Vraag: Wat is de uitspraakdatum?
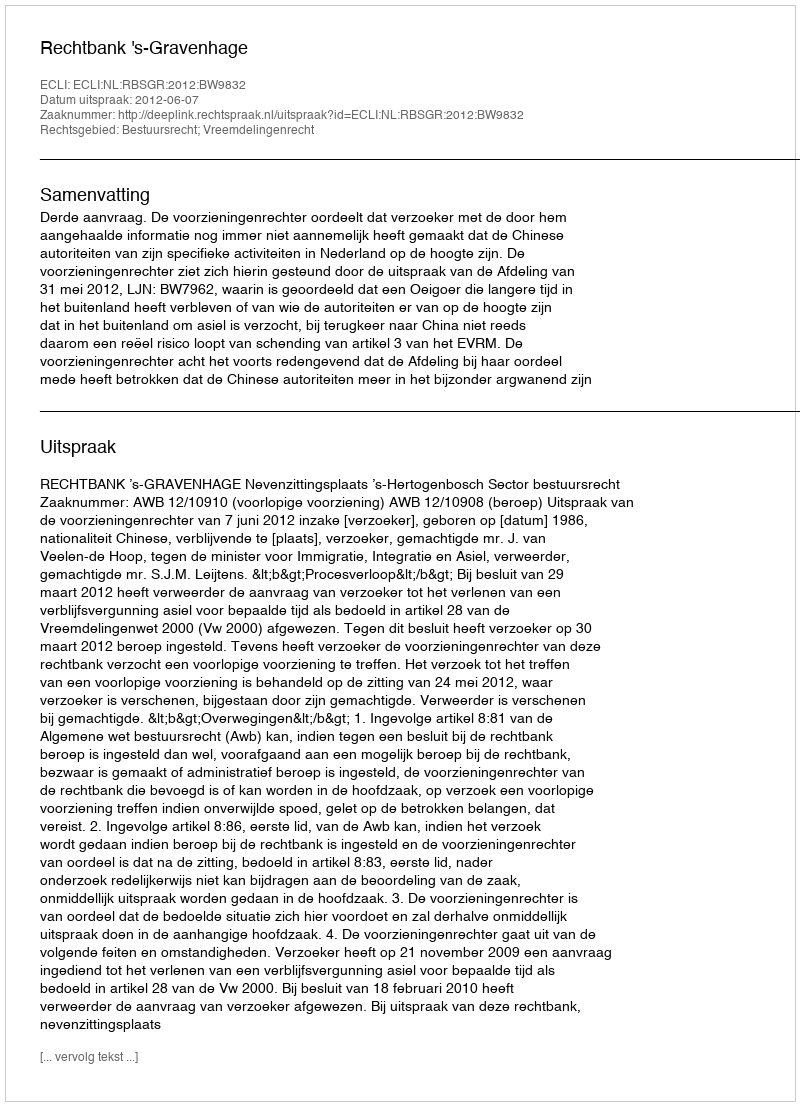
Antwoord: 2012-06-07